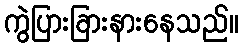
ကွဲပြားခြားနားနေသည်။